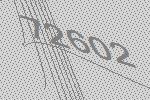
72602